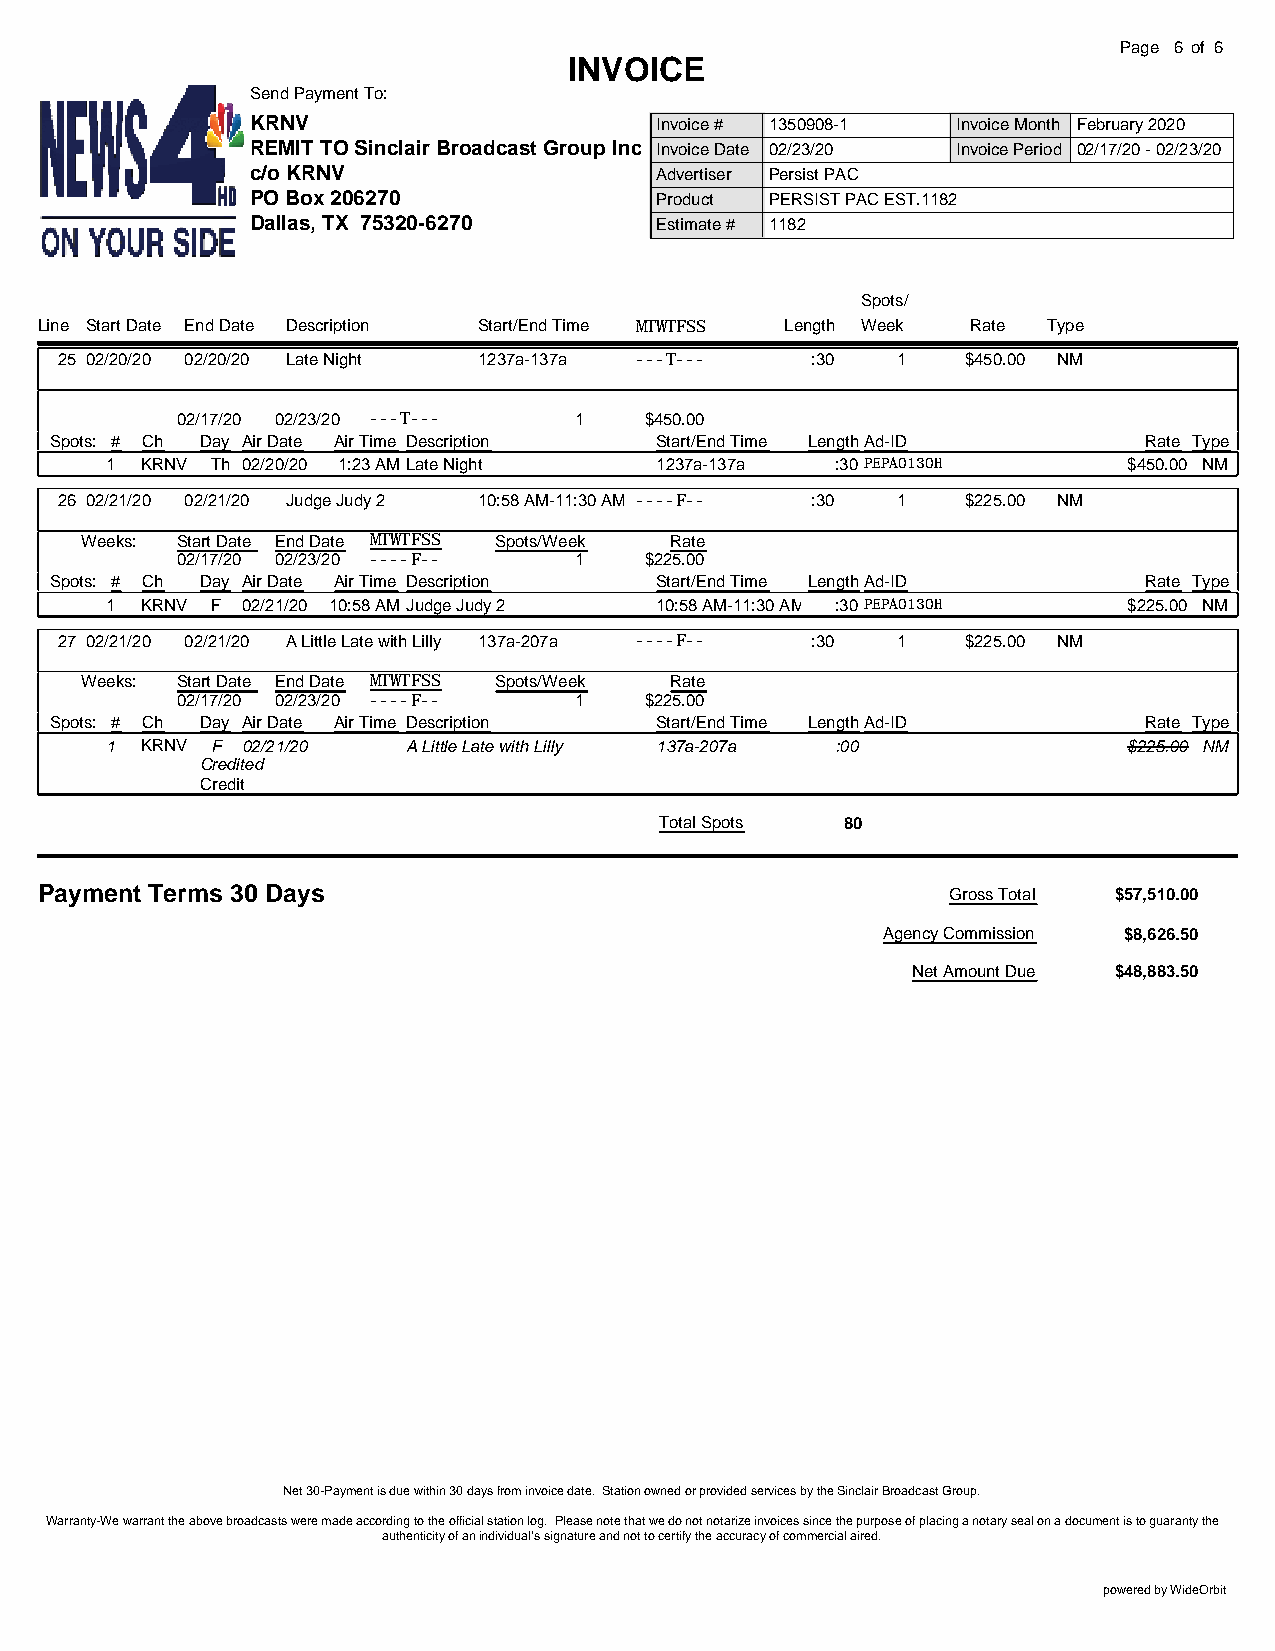
Page 6 of 6
 INVOICE
 Send Payment To:
 KRNV                      Invoice # 1350908-1 Invoice Month February 2020
 REMIT TO Sinclair Broadcast Group Inc Invoice Date 02/23/20 Invoice Period 02/17/20 - 02/23/20
 c/o KRNV                  Advertiser Persist PAC
 PO Box 206270             Product PERSIST PAC EST.1182
 Dallas, TX 75320-6270     Estimate # 1182
 Spots/
 Line Start Date End Date Description Start/End Time MTWTFSS Length Week Rate Type
 25 02/20/20 02/20/20 Late Night 1237a-137a ---T--- :30 1    $450.00 NM
 02/17/20 02/23/20 ---T--- 1    $450.00
 Spots: # Ch Day Air Date Air Time Description Start/End Time LengthAd-ID Rate Type
 1 KRNV Th 02/20/20 1:23 AMLate Night 1237a-137a :30 PEPA0130H       $450.00 NM
 26 02/21/20 02/21/20 Judge Judy 2 10:58 AM-11:30 AM ----F-- :30 1 $225.00 NM
 Weeks: Start Date End Date MTWTFSS Spots/Week Rate
 02/17/20 02/23/20 ----F-- 1    $225.00
 Spots: # Ch Day Air Date Air Time Description Start/End Time LengthAd-ID Rate Type
 1 KRNV F 02/21/20 10:58 AMJudge Judy 2 10:58 AM-11:30 AM :30 PEPA0130H $225.00 NM
 27 02/21/20 02/21/20 A Little Late with Lilly 137a-207a ----F-- :30 1 $225.00 NM
 Weeks: Start Date End Date MTWTFSS Spots/Week Rate
 02/17/20 02/23/20 ----F-- 1    $225.00
 Spots: # Ch Day Air Date Air Time Description Start/End Time LengthAd-ID Rate Type
 1 KRNV F 02/21/20   A Little Late with Lilly 137a-207a :00          $225.00 NM
 Credited
 Credit
 Total Spots 80
 Payment Terms 30 Days                                        Gross Total $57,510.00
 Agency Commission $8,626.50
 Net Amount Due $48,883.50
 Net 30-Payment is due within 30 days from invoice date. Station owned or provided services by the Sinclair Broadcast Group.
 Warranty-We warrant the above broadcasts were made according to the official station log. Please note that we do not notarize invoices since the purpose of placing a notary seal on a document is to guaranty the
 authenticity of an individual’s signature and not to certify the accuracy of commercial aired.
 powered by WideOrbit